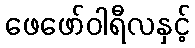
ဖေဖော်ဝါရီလနှင့်